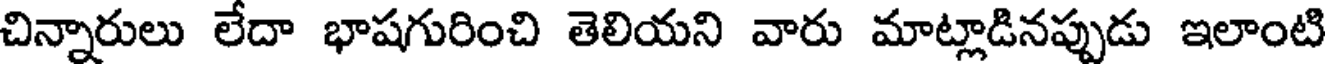
చిన్నారులు లేదా భాషగురించి తెలియని వారు మాట్లాడినప్పుడు ఇలాంటి